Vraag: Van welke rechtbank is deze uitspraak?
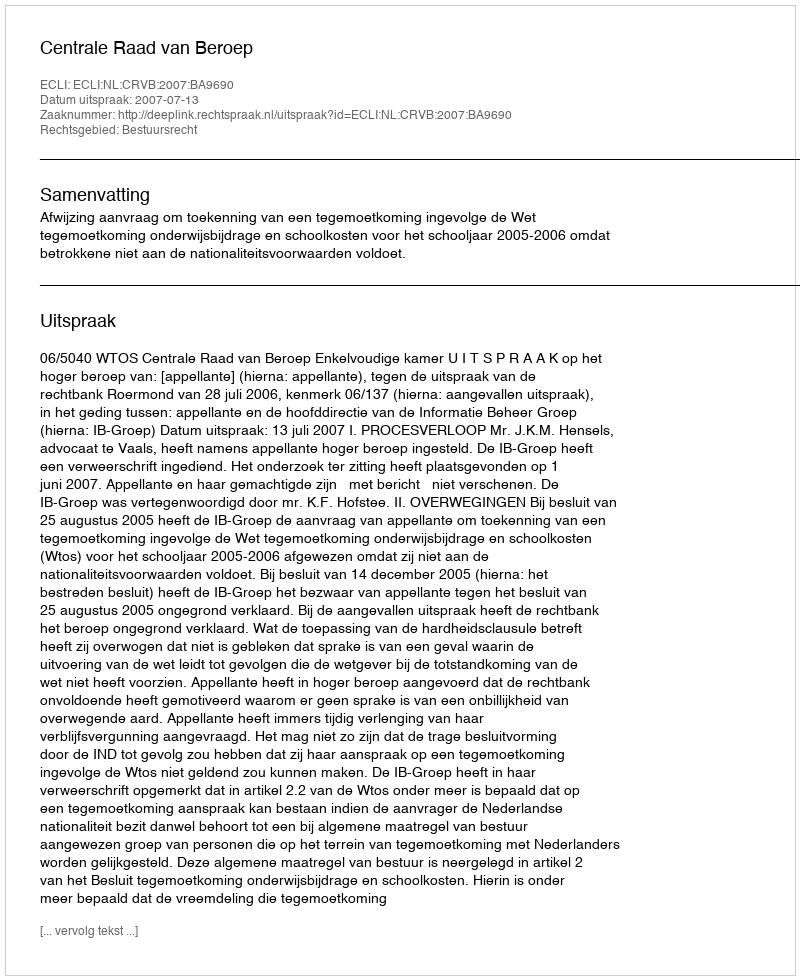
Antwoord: Centrale Raad van Beroep